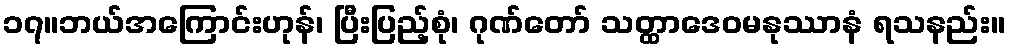
၁၇။ဘယ်အကြောင်းဟုန်၊ ပြီးပြည့်စုံ၊ ဂုဏ်တော် သတ္ထာဒေဝမနုဿာနံ ရသနည်း။